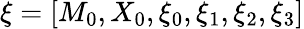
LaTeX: \xi=[M_{0},X_{0},\xi_{0},\xi_{1},\xi_{2},\xi_{3}]